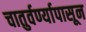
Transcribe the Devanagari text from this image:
चातुर्वर्ण्यापासून